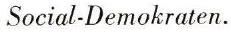
Social-Demokraten.